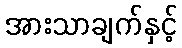
အားသာချက်နှင့်